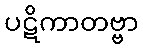
ပဋိကာတဗ္ဗာ